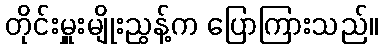
တိုင်းမှူးမျိုးညွန့်က ပြောကြားသည်။